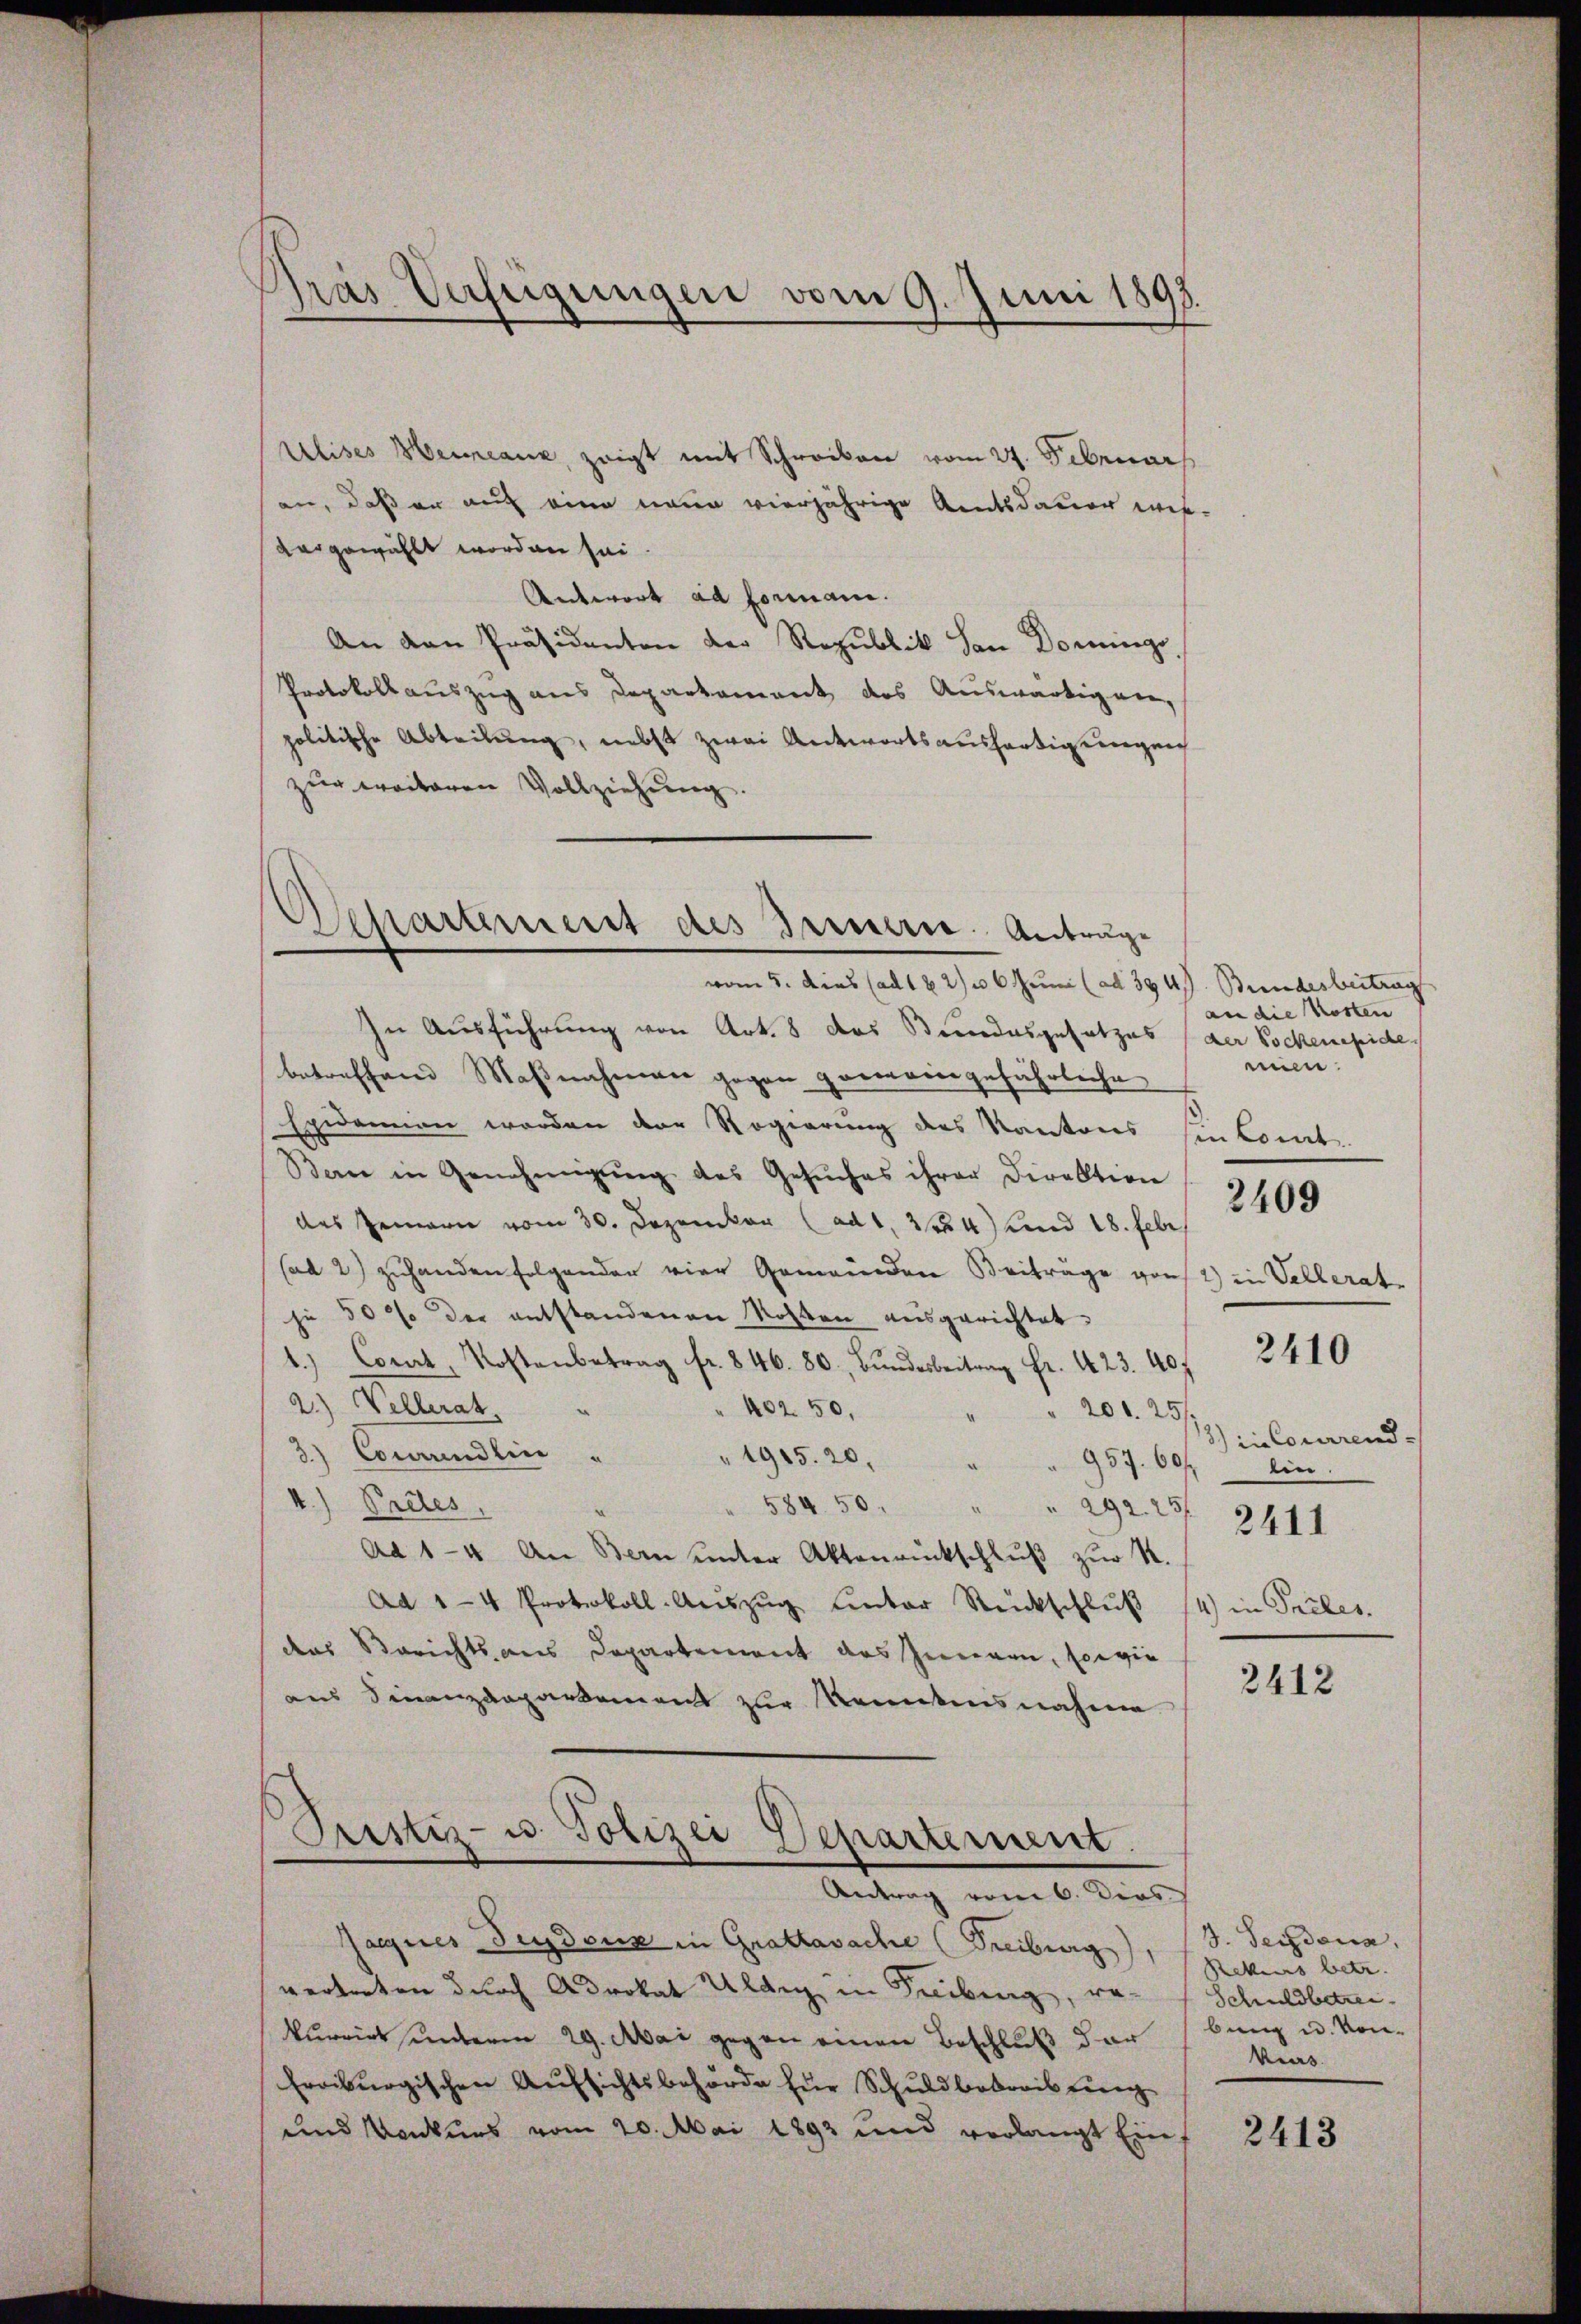
ras Verfeigungen vom 9. Juni 1893.

Departement des Treuern. Antrage

Elises Beieanz, zeigt mit Schreiben vom 24. Februars
an, daß er auf eine neue vierjährige Amtsdauern wes
vergewählt worden sei
Antwort ad Formani.
An den Präsidenten der Republik den Dominge
Protokollauszug aus Departement des Auswärtigen,
politische Abteilung, nebst zwei Antwortsaushartigungen
zur weiteren Vollziehung.
vom 5. dies (ad 122) u 6 Juni (ad 394. Bundesbeitrag
In Ausführung von Art. 8 das Stundesgesetzes (der Pockenepide
betreffend Maßnahmen gegen geneingefährliche
Epidemien worden der Regierung des Kantons hinkommt.
Ban in Genehmigŭng des Gesŭches ihrer Direktion
des Gemari vom 30. Dezember (ad 1, 2 fr 4) und 18. Febr
(ad 2) zuhanden folgender vier Gemeinden Beiträge geist in Vellerate
je 50% der entstandenen Kosten ausgerichtet.
4.) Corat, Kostenbetrag fr. 846. 80. Bŭndesbeitrag Fr. 423. 407
2.) Wellerat.
402. 50.
206. 25.
3.) Cocaindlin
" 1915. 20. " " 957. 607. ein.
4.) Endes
584. 50. " " 292. 257
Ad 1-4 an Bern unter Aktenrückschluß zur S.
Ad 1-4 Protokoll-Aŭszŭg unter Rückschlŭβ 14) in Teiles.
das Berichts aus Departement des Inneren, sowie
aus Finanzdepartement zur Kenntnisnahme

Pristiz- u. Polizei Departement.
Antrag vom 6. Dies

Jagnes Feydouz in Grattavache (Freiburg), S. Persona,
vertreten durch Advokat Uldey, in Freibung, re-
kurrirt unterm 29. Mai gegen einen Beschluß der (bung u. Kon-
Eroiburgischen Aufsichtsbehörde für Schuldbekreistung
und Konkurs vom 20. Mai 1893 und verlangt Einf

an die Kosten
min.
2409
2410

3) in Courirend.
2411

3412

Rekurs betr.
Schuldbetrei
kurs

2413